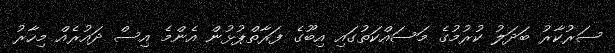
ސަރުކާރު ބަދަލު ކުރުމުގެ މަސައްކަތުގައި އިބޫގެ ފަރާތްޕުޅުން އެންމެ އިސް ދައުރެއް މިހާރު